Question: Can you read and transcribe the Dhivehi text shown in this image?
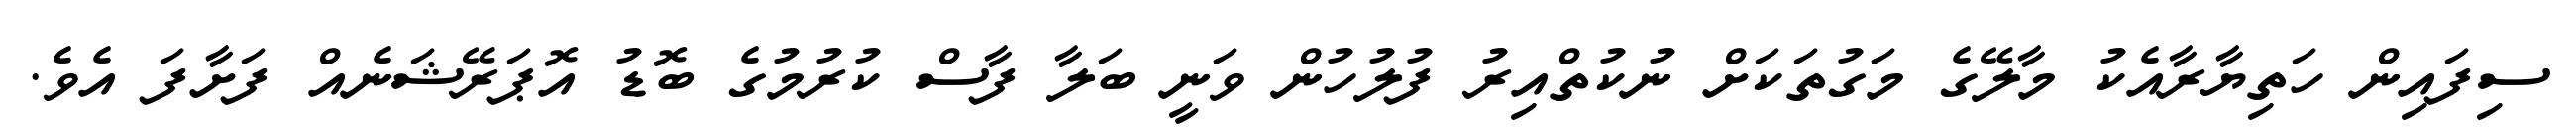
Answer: ސިފައިން ހަތިޔާރާއެކު މާލޭގެ މަގުތަކަށް ނުކުތްއިރު ފުލުހުން ވަނީ ބަލާ ފާސް ކުރުމުގެ ބޮޑު އޮޕަރޭޝަނެއް ފަށާފަ އެވެ.